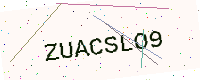
Text: ZUACSLO9